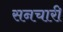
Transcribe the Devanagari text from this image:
सनचारी